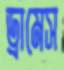
ড্রামেস